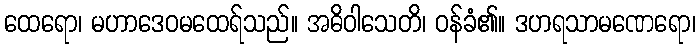
ထေရော၊ မဟာဒေဝမထေရ်သည်။ အဓိဝါသေတိ၊ ဝန်ခံ၏။ ဒဟရသာမဏေရော၊